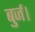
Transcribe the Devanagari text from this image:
बुर्ज।